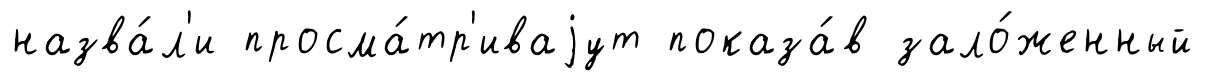
назва́л'и просма́тр'иваjут показа́в зало́женный